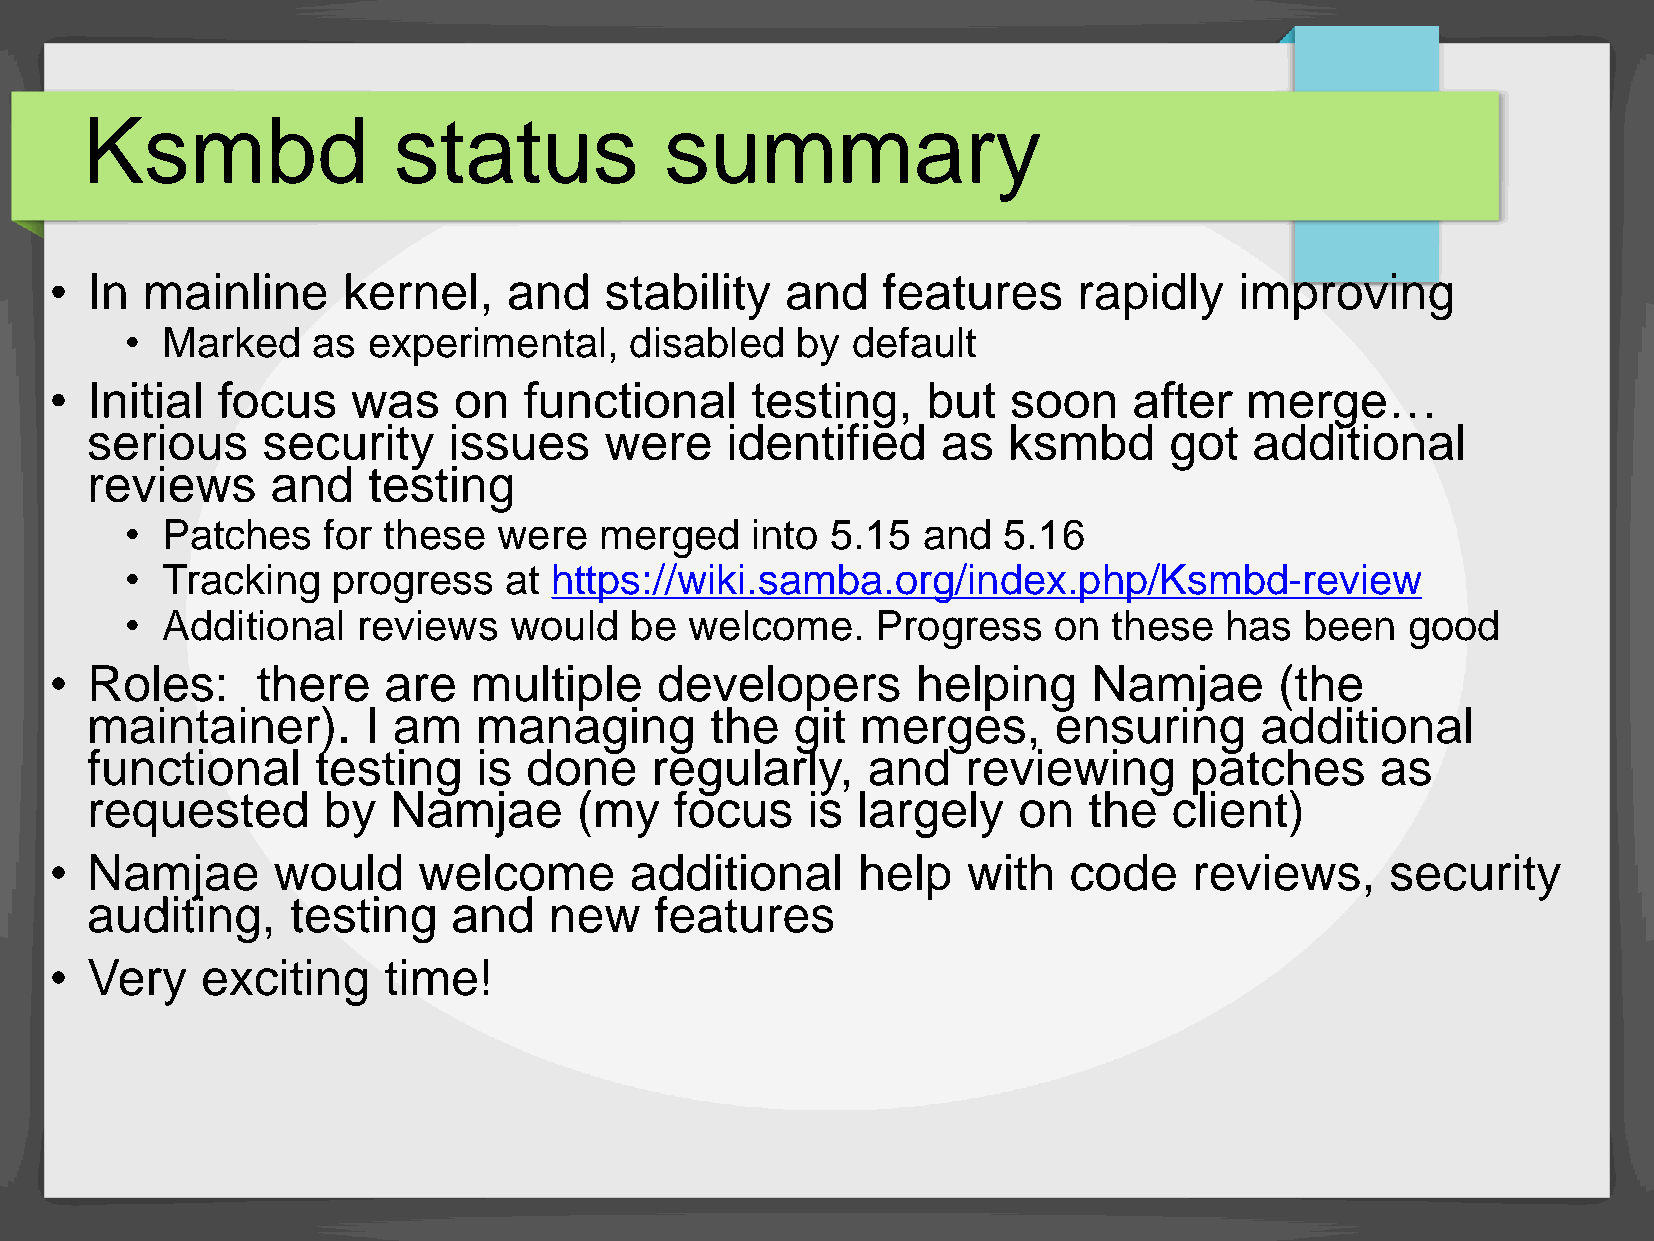
Ksmbd                status            summary
 •  In mainline      kernel,    and   stability   and   features     rapidly    improving
 •  Marked    as experimental,     disabled   by default
 •  Initial focus    was    on   functional     testing,   but   soon    after  merge…
 serious    security     issues    were    identified    as   ksmbd     got   additional
 reviews     and   testing
 •  Patches   for these   were   merged    into 5.15  and  5.16
 •  Tracking   progress   at  https://wiki.samba.org/index.php/Ksmbd-review
 •  Additional   reviews   would   be  welcome.    Progress    on  these  has  been   good
 •  Roles:     there   are   multiple    developers        helping    Namjae       (the
 maintainer).      I am    managing       the   git merges,      ensuring     additional
 functional     testing    is done    regularly,    and    reviewing      patches     as
 requested      by   Namjae      (my    focus   is  largely   on   the   client)
 •  Namjae      would     welcome       additional     help   with   code    reviews,     security
 auditing,    testing    and   new    features
 •  Very   exciting    time!